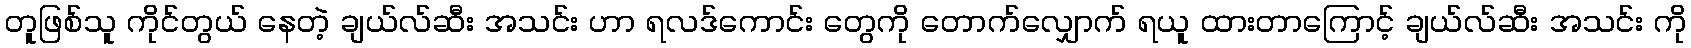
တူဖြစ်သူ ကိုင်တွယ် နေတဲ့ ချယ်လ်ဆီး အသင်း ဟာ ရလဒ်ကောင်း တွေကို တောက်လျှောက် ရယူ ထားတာကြောင့် ချယ်လ်ဆီး အသင်း ကို